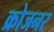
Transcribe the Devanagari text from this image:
क्रोजनर